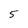
Character: 5